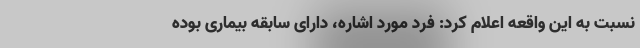
نسبت به این واقعه اعلام کرد: فرد مورد اشاره، دارای سابقه بیماری‌ بوده